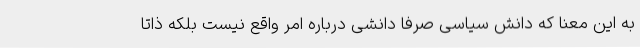
به این معنا که دانش سیاسی صرفا دانشی درباره امر واقع نیست بلکه ذاتا